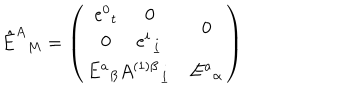
\hat { E } ^ { A } { } _ { M } = \left( \begin{array} { c c } { { \begin{matrix} { { e ^ { 0 } { } _ { t } } } & { { 0 } } \\ { { 0 } } & { { e ^ { i } { } _ { \underline { { i } } } } } \\ \end{matrix} } } & { { 0 } } \\ { { E ^ { a } { } _ { { \beta } } A ^ { ( 1 ) { \beta } } { } _ { \underline { { i } } } } } & { { E ^ { a } { } _ { \alpha } } } \\ \end{array} \right)